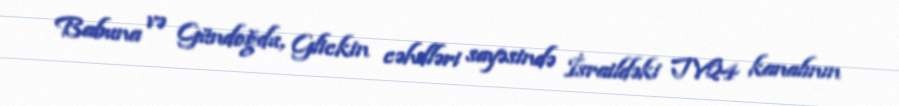
Babuna və Gündoğdu, Glickin cəhdləri sayəsində İsraildəki TV24 kanalının